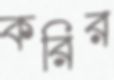
করির